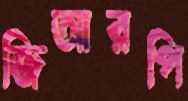
জিআরপি